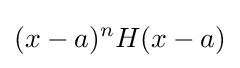
(x-a)^{n}H(x-a)